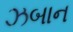
ઝબાન